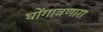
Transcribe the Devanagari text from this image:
घोंगावणारा